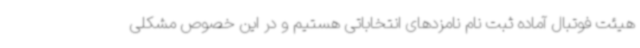
هیئت فوتبال آماده ثبت نام نامزدهای انتخاباتی هستیم و در این خصوص مشکلی